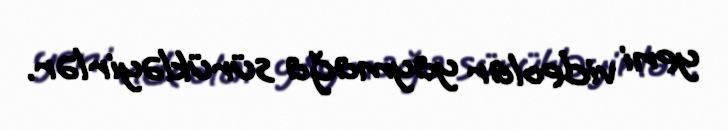
yeni videolar yaymağa sürükləyirlər.